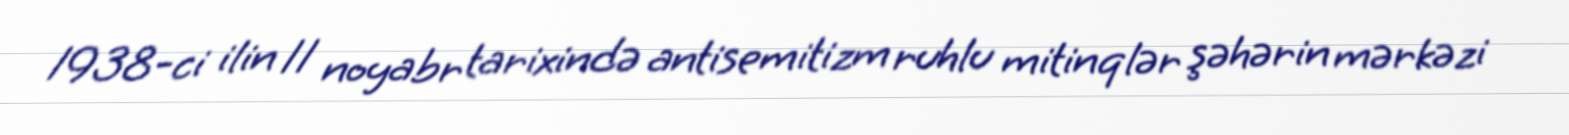
1938-ci ilin 11 noyabr tarixində antisemitizm ruhlu mitinqlər şəhərin mərkəzi